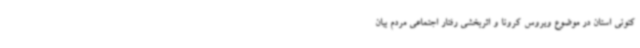
کنونی استان در موضوع ویروس کرونا و اثربخشی رفتار اجتماعی مردم بیان